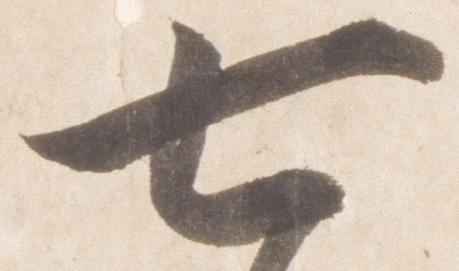
七